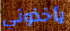
يأخذوني